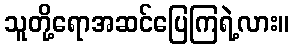
သူတို့ရောအဆင်ပြေကြရဲ့လား။